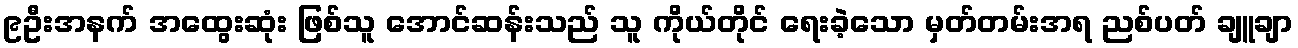
၉ဦးအနက် အထွေးဆုံး ဖြစ်သူ အောင်ဆန်းသည် သူ ကိုယ်တိုင် ရေးခဲ့သော မှတ်တမ်းအရ ညစ်ပတ် ချူချာ